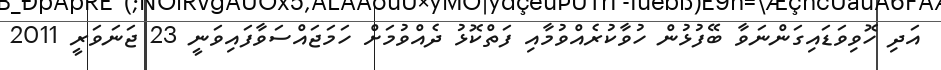
އަދި ހޮވިވަޑައިގަންނަވާ ބޭފުޅުން ހުވާކުރެއްވުމާއި ފަތްކޮޅު ދެއްވުމަށް ހަމަޖައްސަވާފައިވަނީ 23 ޖަނަވަރީ 2011